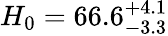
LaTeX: H_{0}=66.6_{-3.3}^{+4.1}